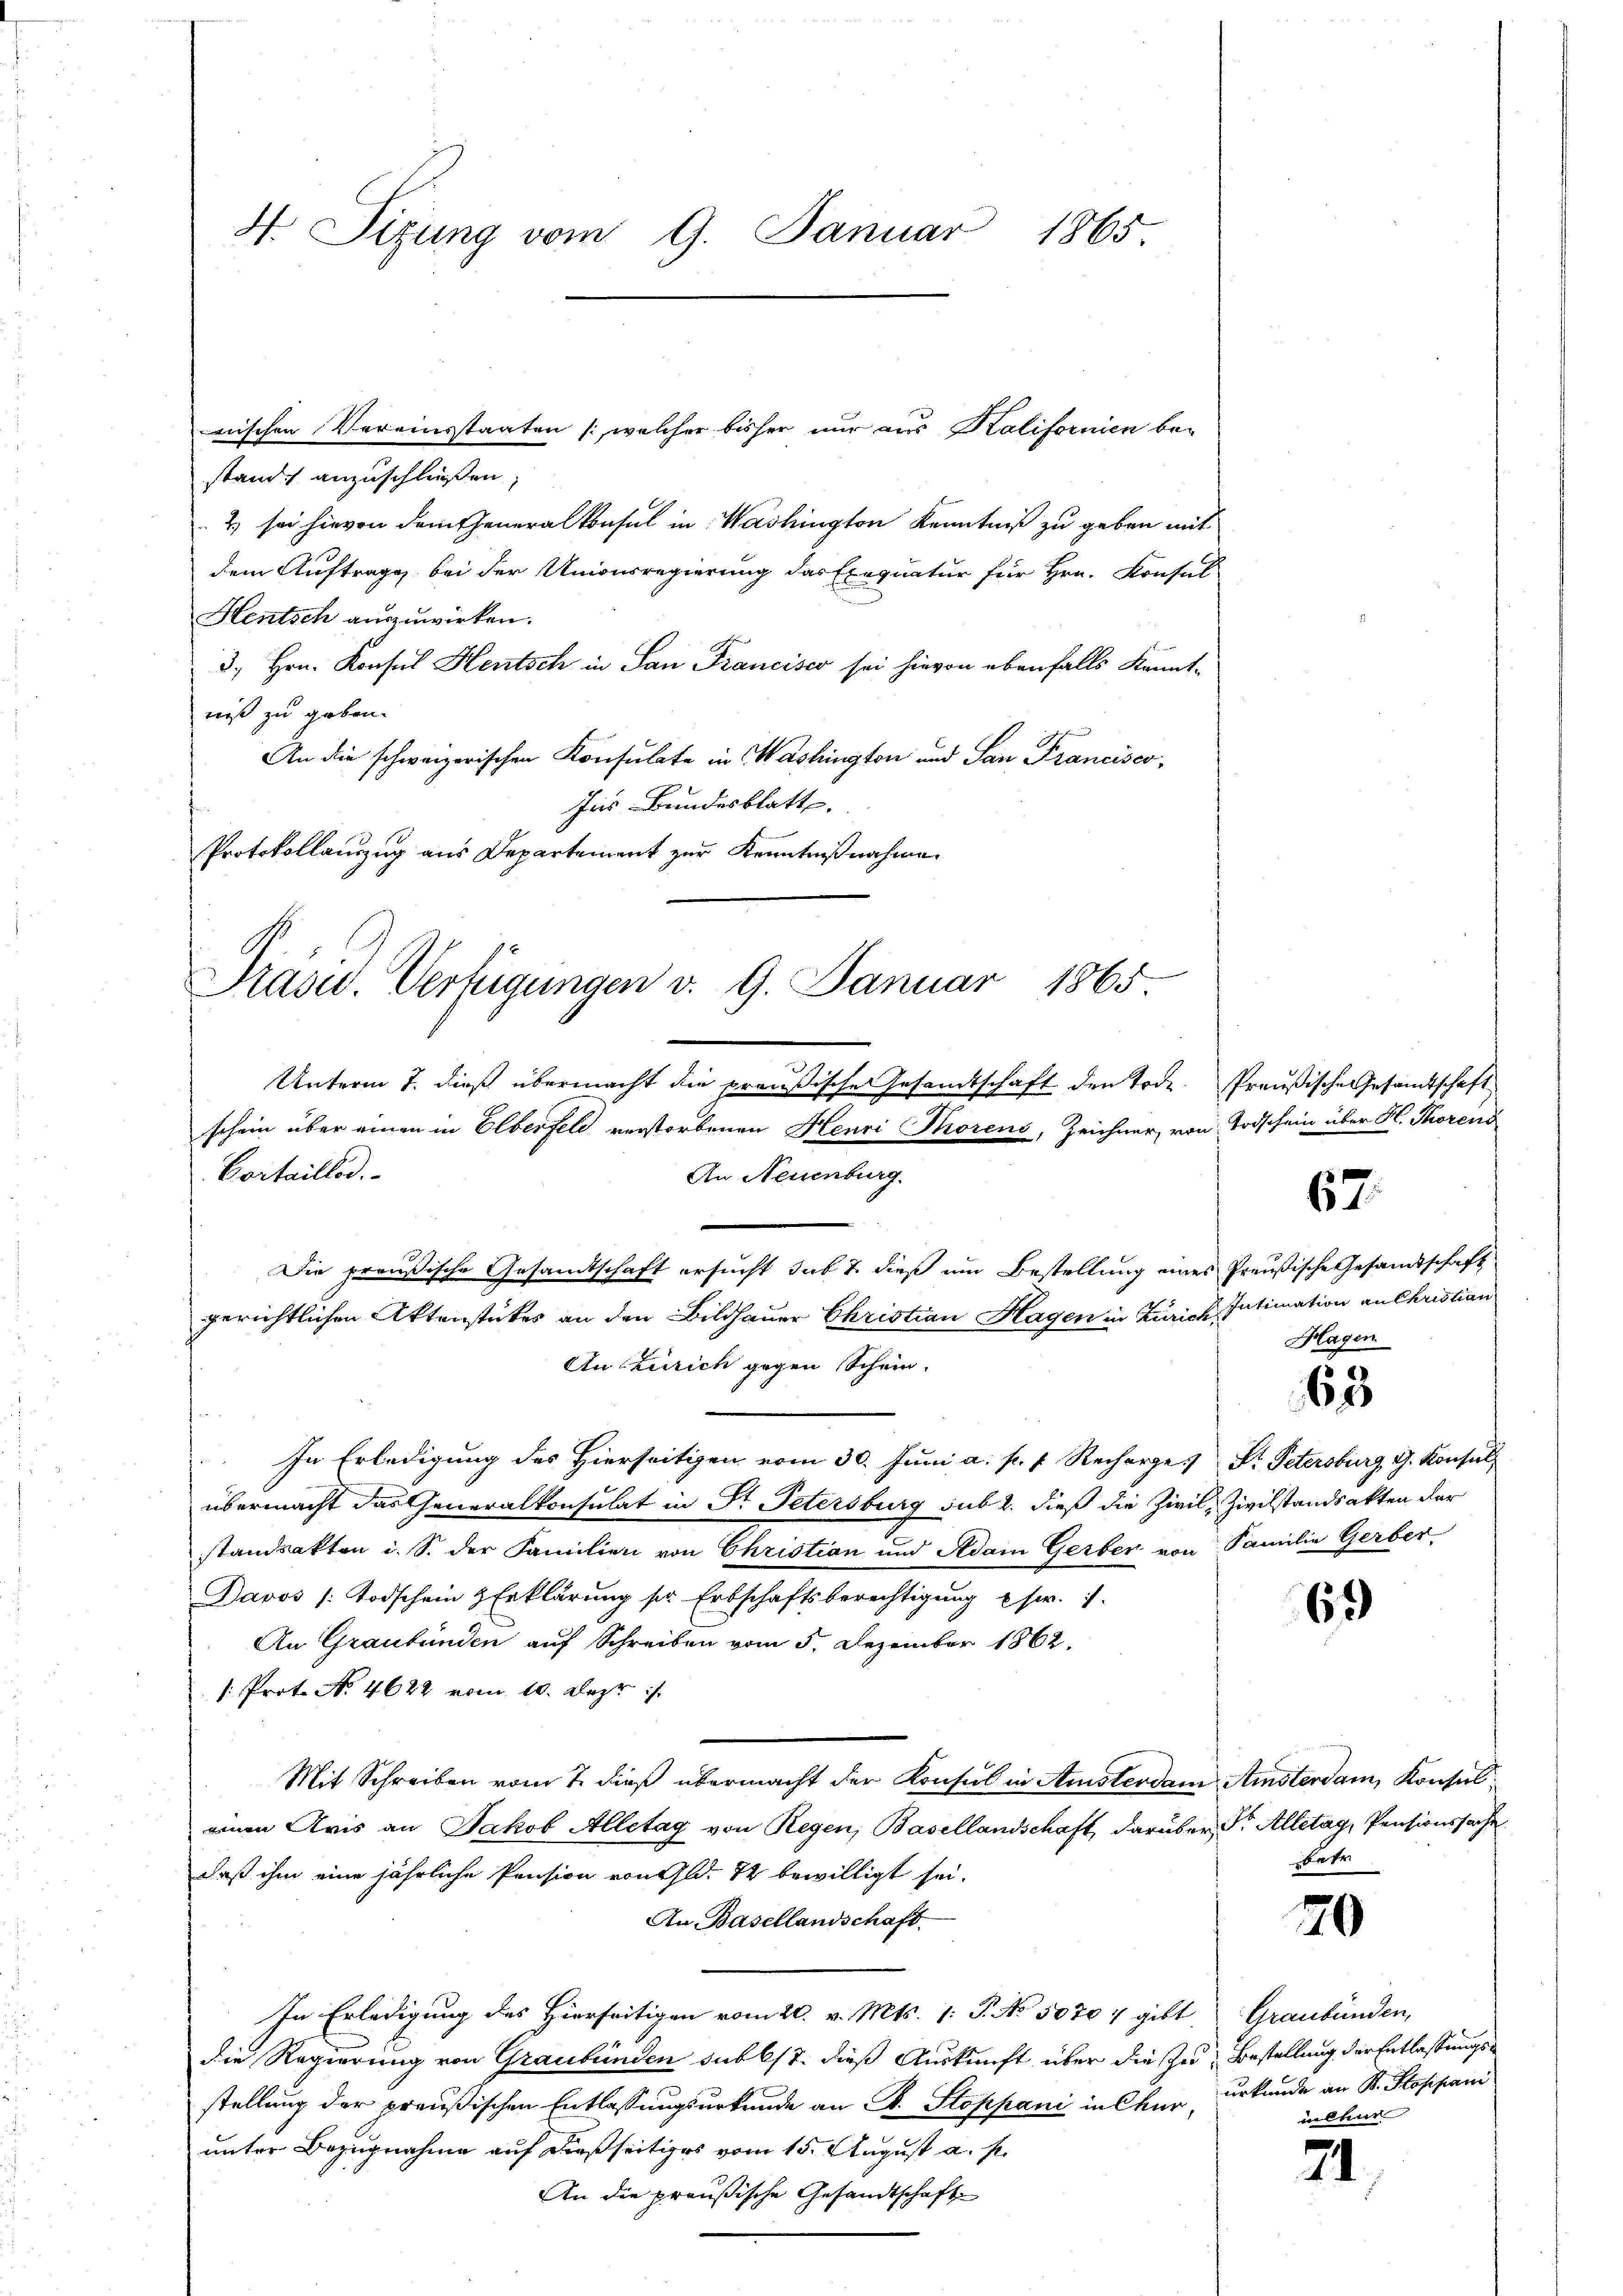
wischen Vereinstaaten (welcher bisher nur aus Kalifornien bestand, anzuschließen,
2) sei hievon dem Generalkonsul in Washington Kenntniß zu geben mit
dem Auftrage bei der Unionsregierung das Exequatur für Hrn. Konsul
Hentsch auszuwirken.
3. Hrn. Konsul Hentsch in San Francisco sei hievon ebenfalls Kennt-
niß zu gebon.
An die schweizerischen Konsulate in Washington und San Francisco,
Ins Bundesblatt
Protokollauszug aus Departement zur Kenntnißnahme

4. Sitzung vom 9. Januar 1865.

Präsid. Verfügungen v. 9. Januar 1865
.
Cortaillod.
An Neuenburg.
Die preußische Gesandtschaft ersucht sub 7. dieß um Bestellung eines
gerichtlichen Aktenstückes an den Bildhauer Christian Hagen in Zürich,
An Zürich gegen Schein.

Unterm 7. dieß übermacht die preußische Gesandtschaft den Tode. Preußische Gesandtschaft
schein über einen in Elberfeld verstorbenen Henri Thorens, Zeichner, von Todschein über K. Thorens

In Erledigung des Hierseitigen vom 30. Juni a. p. f. Recharge Dr. Petersburg, G. Konsul
übermacht das Generalkonsulat in Dr. Petersburg sub 2. dieß die Zivil, Zivilstandsakten der
standsakten i. S. der Familien von Christian und Adam Gerber von
Davos (Todschein & Erklärung ser Erbschaftsberechtigung sr. I.
An Graubünden auf Schreiben vom 5. Dezember 1862.
/: Prot. No. 4622 vom 10. Der
Mit Schreiben vom 7. dieß übermacht der Konsul in Amsterdam Amsterdam, Konsuleinen Kris an Jakob Alletag von Regen, Basellandschaft, darüber Dr. Alletag, Pensionssache
daß ihm eine jährliche Pension von Gld. 72 bewilligt sei.
An Basellandschaft.
In Erledigung des Hierseitigen vom 20. v. Mts. 1. P. No. 50707 gibt Graubünden,
die Regierung von Graubünden subbst. dieß Auskunft über die Zur Bestellung der Entlassungsstellung der preußischen Entlassungsurkunde an S. Stoppani in Chur, urkunde an B. Stoppani
unter Bezugnahme auf dießseitiges vom 15. August a. p.
An die preußische Gesandtschaft

67.

Preußische Gesandtschaft
2 Intimation an Christian
Hagen

63

Familie Gerber

69

betr

20

iltenr

21